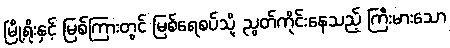
မြို့ရိုးနှင့် မြစ်ကြားတွင် မြစ်ရေစပ်သို့ ညွတ်ကိုင်းနေသည့် ကြီးမားသော